Burma Government Medical School reports 1907-22
Year: 1907
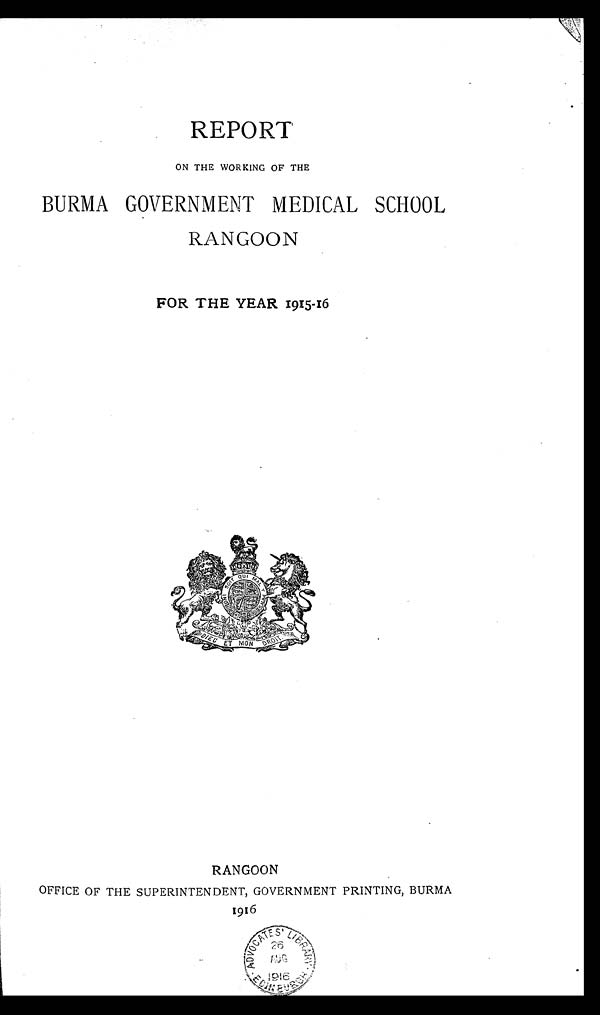
REPORT
ON THE WORKING OF THE
BURMA GOVERNMENT MEDICAL SCHOOL
RANGOON
FOR THE YEAR 1915-16
RANGOON
OFFICE OF THE SUPERINTENDENT, GOVERNMENT PRINTING, BURMA
1916